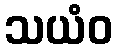
သယံဝ